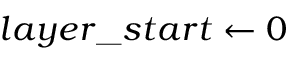
l a y e r \_ s t a r t \gets 0